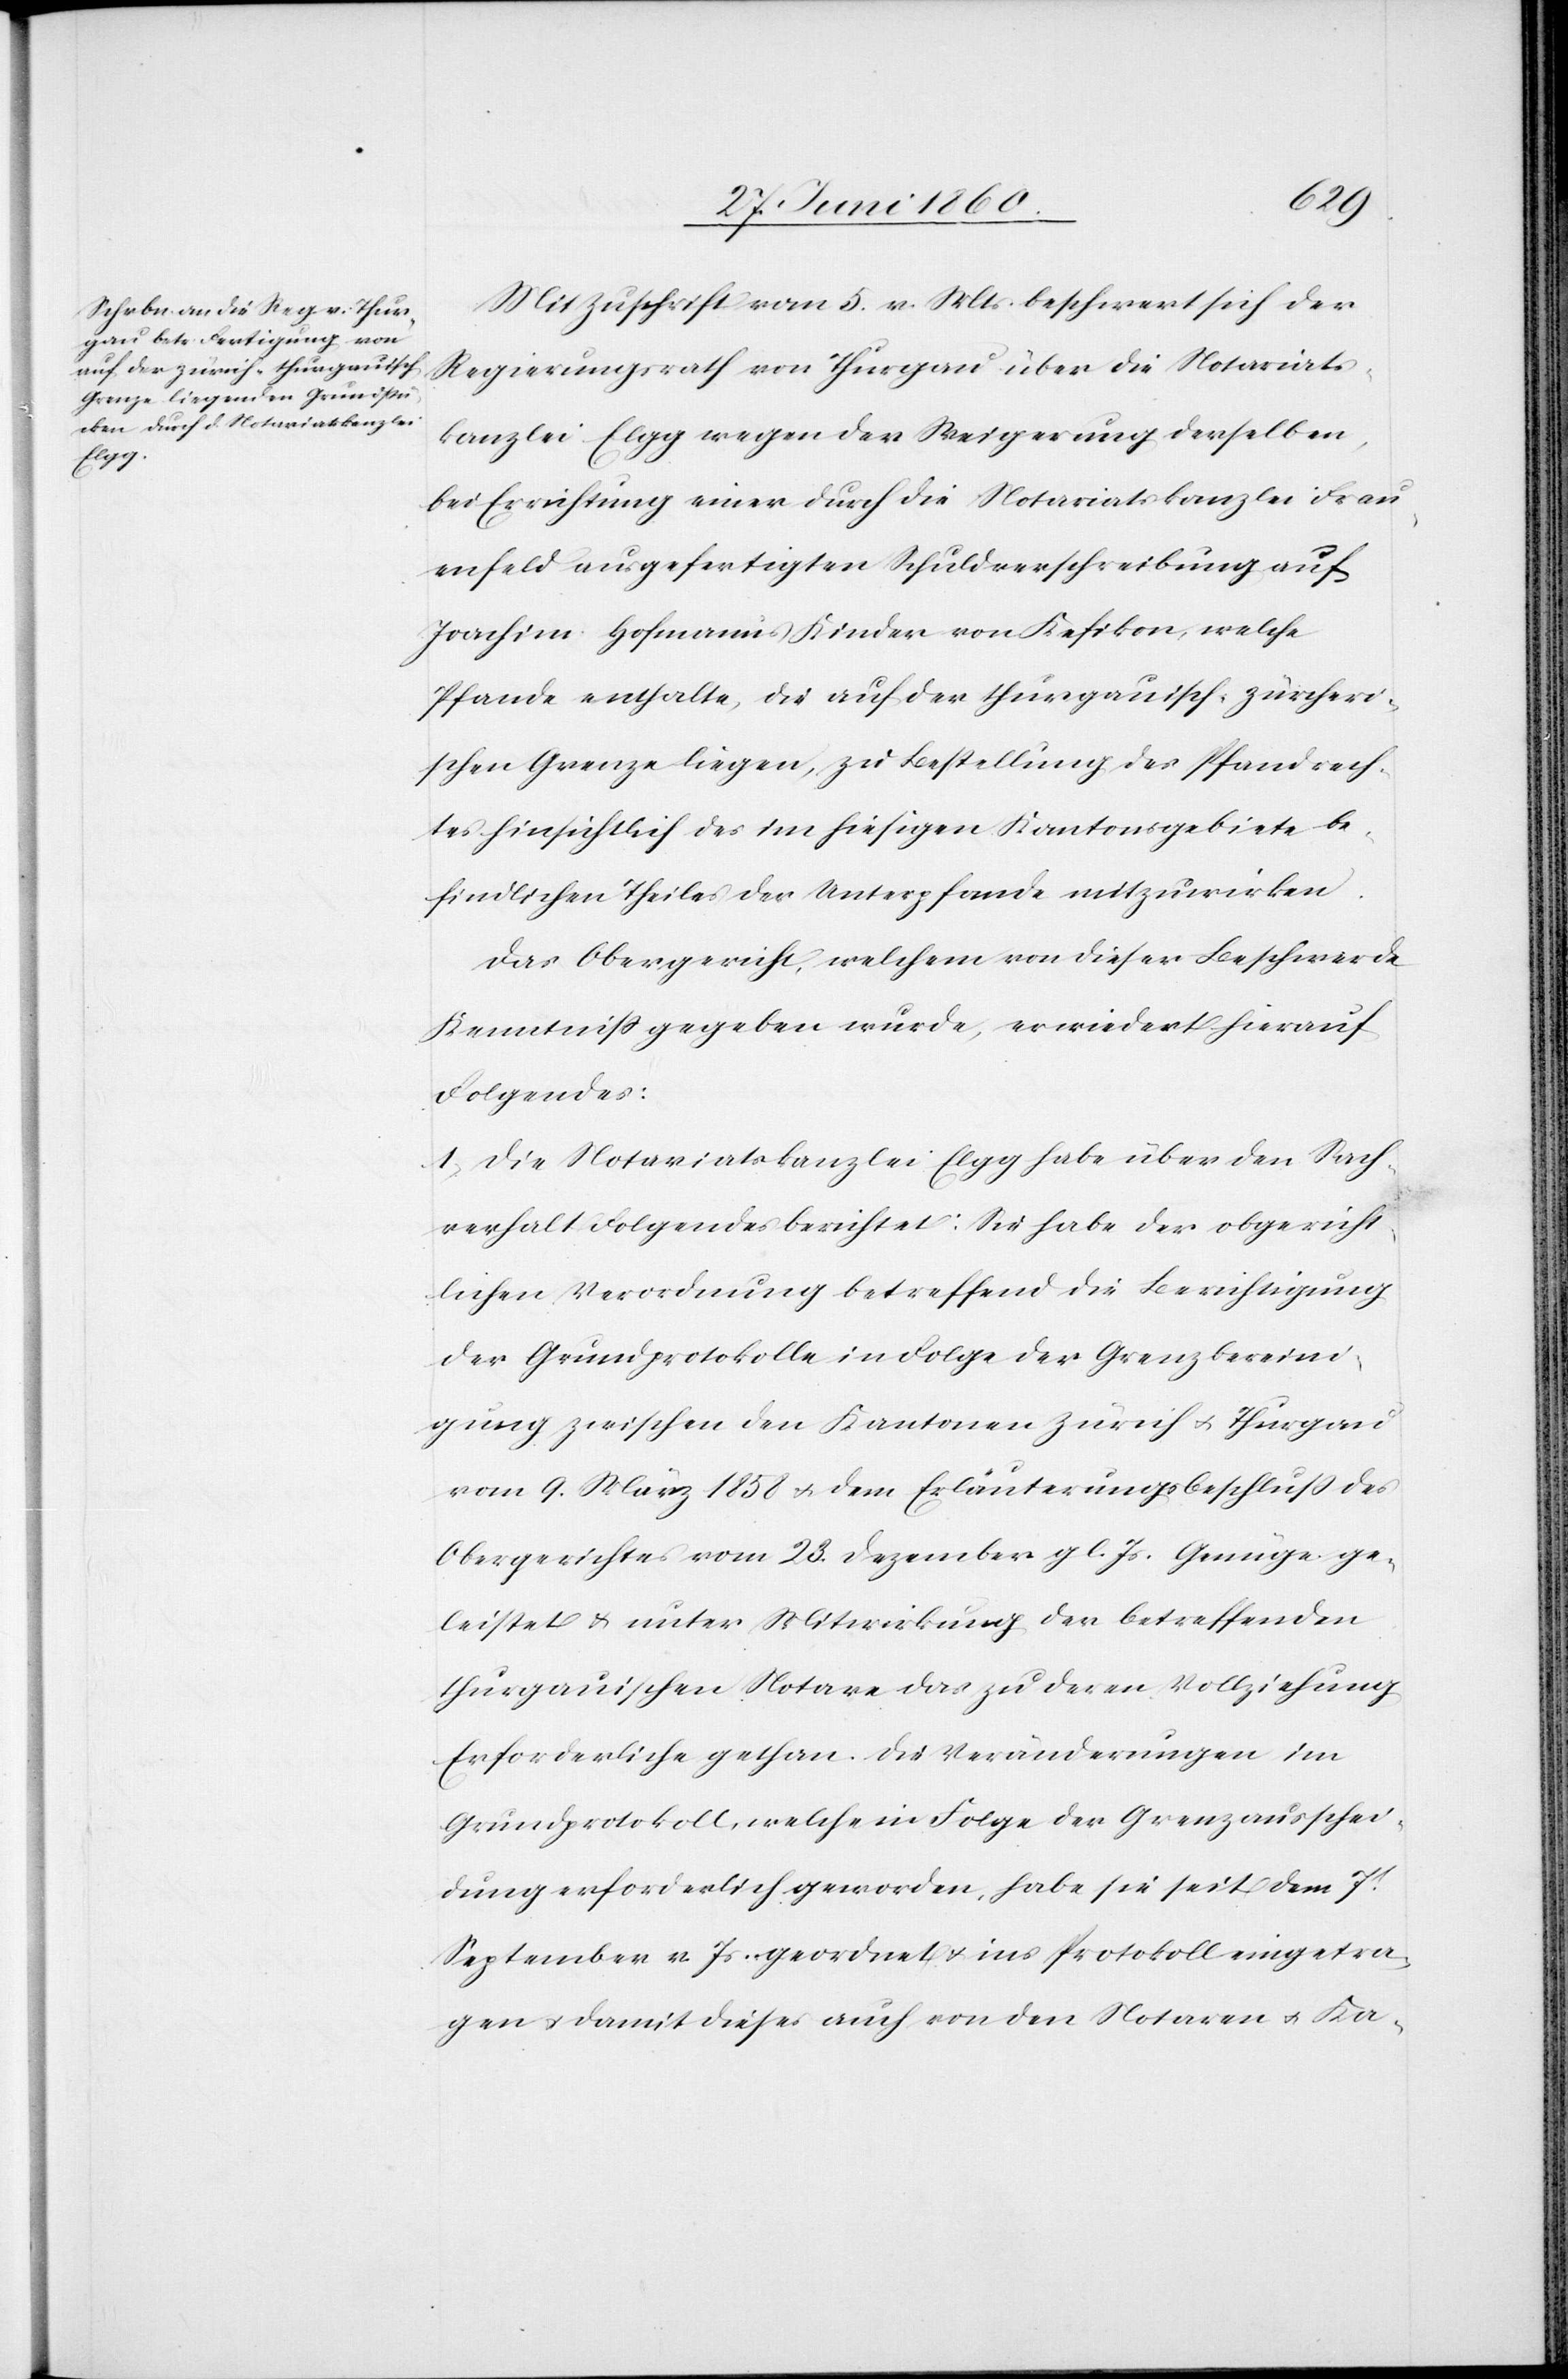
Mit Zuschrift vom 5. v. Mts. beschwert sich der
Regierungsrath von Thurgau über die Notariats¬
kanzlei Elgg wegen der Regierung derselben,
bei Errichtung einer durch die Notariatskanzlei Frau¬
enfeld ausgefertigten Schuldverschreibung auf
Joachim Hofmann’s Kinder von Kefikon, welche
Pfande enthalte, die auf der thurgauisch-zürcheri¬
schen Grenze liegen, zu Bestellung des Pfandrech¬
tes hinsichtlich des im hiesigen Kantonsgebiete be¬
findlichen Theiles der Unterpfande mitzuwirken.
Das Obergericht, welchem von dieser Beschwerde
Kenntniss gegeben wurde, erwiedert hierauf
Folgendes:
1. Die Notariatskanzlei Elgg habe über den Sach¬
verhalt Folgendes berichtet: Sie habe der obergericht¬
lichen Verordnung betreffend die Berichtigung
der Grundprotokolle in Folge der Grenzbereini¬
gung zwischen den Kantonen Zürich u. Thurgau
vom 9. März 1858 u. dem Erläuterungsbeschluss des
Obergerichtes vom 23. Dezember gl. Js. Genüge ge¬
leistet u. unter Mitwirkung der betreffenden
thurgauischen Notare das zu deren Vollziehung
Erforderliche gethan. Die Veränderungen im
Grundprotokoll, welche in Folge der Grenzausschei¬
dung erforderlich geworden, habe sie seit dem 7t
September v. Js. geordnet u. ins Protokoll eingetra¬
gen u. damit dieses auch von den Notaren u. Ka-